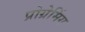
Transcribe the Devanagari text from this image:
प्रोग्रेमिंग